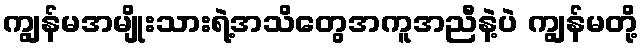
ကျွန်မအမျိုးသားရဲ့အသိတွေအကူအညီနဲ့ပဲ ကျွန်မတို့